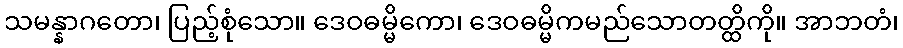
သမန္နာဂတော၊ ပြည့်စုံသော။ ဒေဝဓမ္မိကော၊ ဒေဝဓမ္မိကမည်သောတတ္ထိကို။ အာဘတံ၊